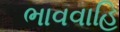
ભાવવાહિ